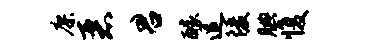
廖恶君醵逗陵腆愎